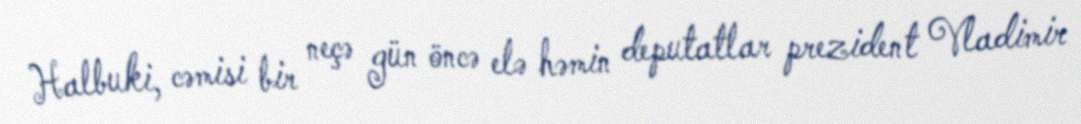
Halbuki, cəmisi bir neçə gün öncə elə həmin deputatlar prezident Vladimir